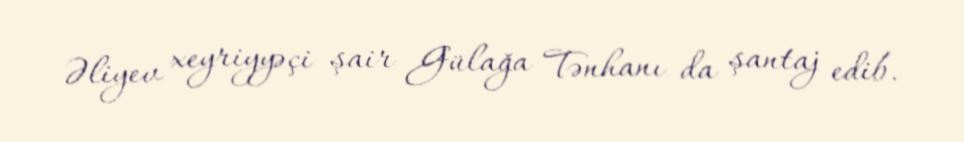
Əliyev xeyriyyəçi şair Gülağa Tənhanı da şantaj edib.